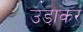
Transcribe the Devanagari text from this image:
उडा़कर